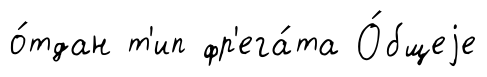
о́тдан т'ип фр'ега́та О́бщеjе